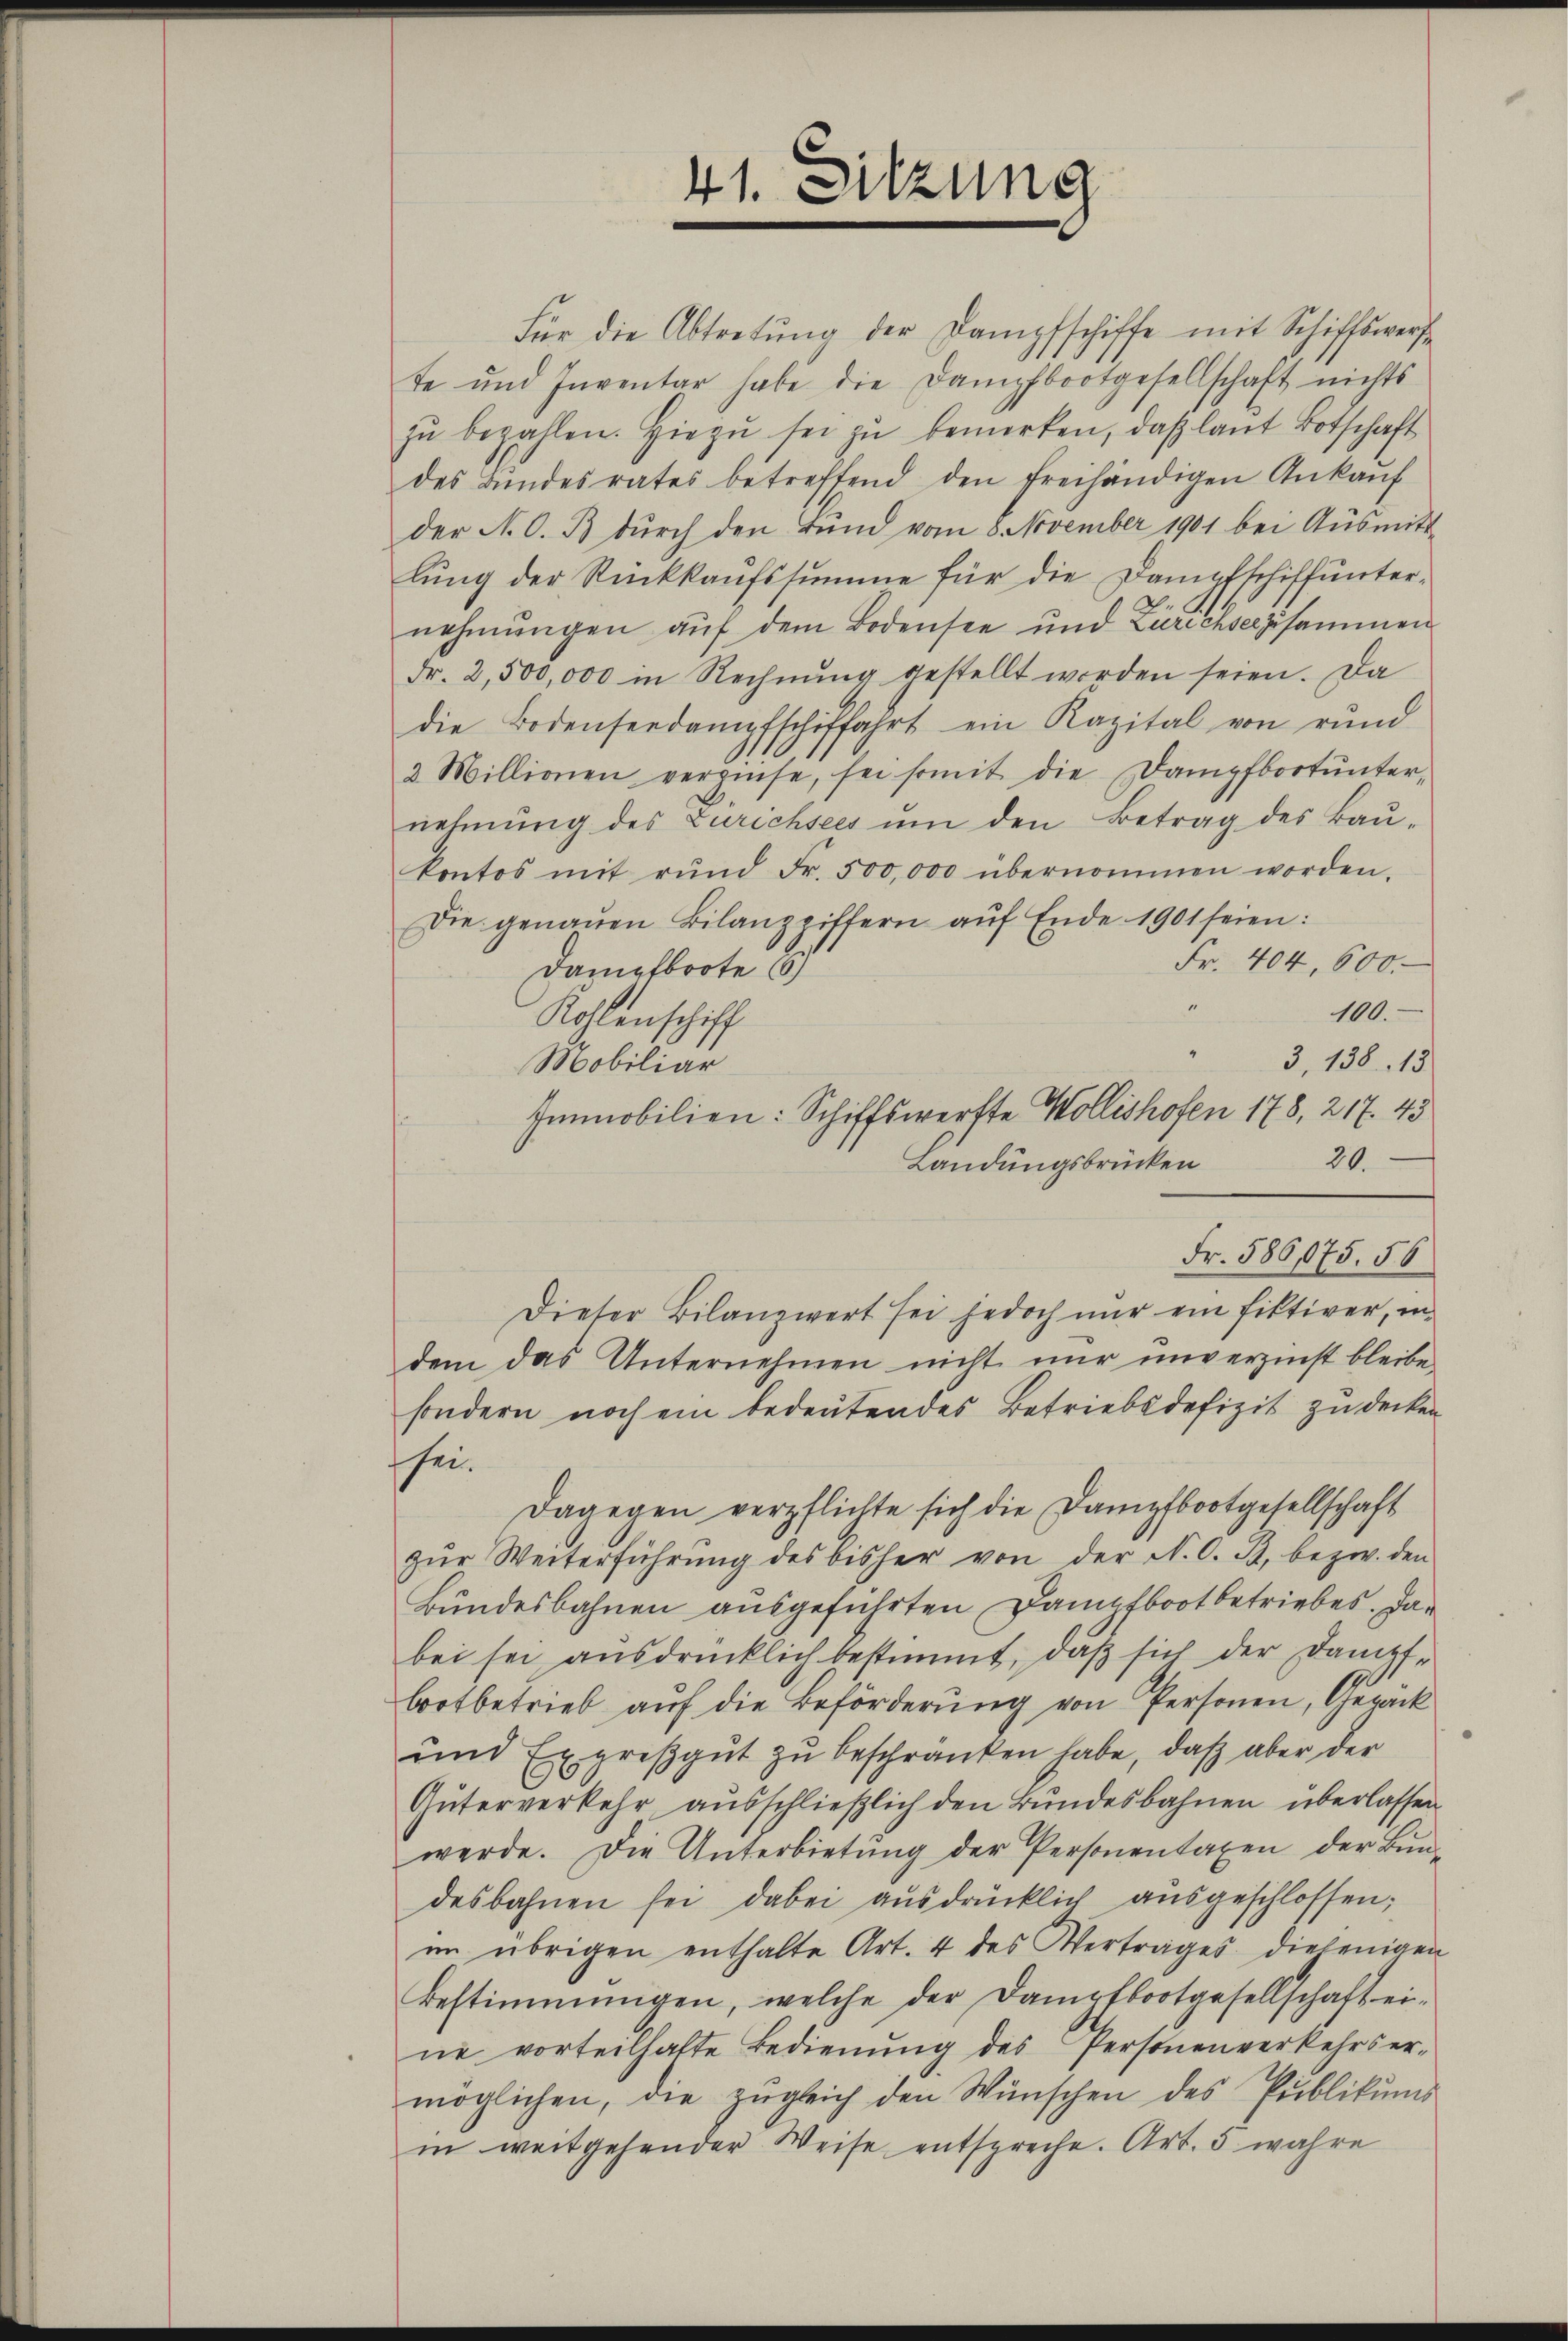
41. Sitzung

Für die Abtretŭng der Dampfschiffe mit Schiffswerfe
te und Inventar habe die Dampfbootgesellschaft nichts
zŭ bezahlen. Hiezŭ sei zŭ bemerken, daβ laŭt Botschaft
des Bŭndesrates betreffend den freihändigen Ankaŭf
der N. O. B dŭrch den rund vom 8. November 1901 bei Aŭsmitt
lung der Rückkaufssumme für die Dampfschiffunternehmungen aŭf dem Bodensee und Zurechsel zusammen
Fr. 2,500,000 in Rechnŭng gestellt worden seien. Da
die Bodenseedampfschiffahrt ein Kapital von rŭnd
2 Millionen verzinse, sei somit die Dampfbootŭnter-
nehmung des Zürichsees ŭm den Betrag des Baŭ-
kontos mit rŭnd Fr. 500,000 übernommen worden.
Die genaŭen Bilanzziffern aŭf Ende 1901 seien:
Fr. 404, 600.
Dampfboote E
100.
Kohlenschiff
3, 138. 13
Mobiliar
Immobilien: Schiffswerfte Wollishofen 178, 217. 45
20.
Landungsbrücken
Fr. 586,075. 56
Dieser Bilanzwert sei jedoch nur ein fiktiver, in
dem das Unternehmen nicht nur unverzinst bleiben
sondern noch ein bedeutendes Betriebsdefizit zu decken
sei.
Dagegen verpflichte sich die Dampfbootgesellschaft
zŭr Weiterführŭng des bisher von der N. O. B. bezw. den
Bundesbahnen ausgeführten Dampfboot betriebes. Das
bei sei ausdrücklich bestimmt, daβ sich der Dampf-
brotbetrieb auf die Beförderung von Personen, Gepack
und Expresgut zu beschranken habe, daß aber der
Güterverkehr ausschließlich den Bundesbahnen überlassen.
werde. Die Unterbietung der Personentaxen der Bun-
desbahnen sei dabei aŭsdrücklich aŭsgeschlossen;
im übrigen enthalte Art. 4 des Vertrages diejenigen
Bestimmungen, welche der Dampfbootgesellschaft eine vorteilhalte Bedienung des Personenverkehrser-
möglichen, die zugleich den Wünschen des Publikums
in weitgehender Weise entspreche. Art. 5 wahre